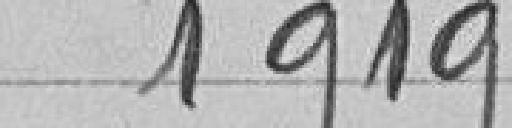
1919